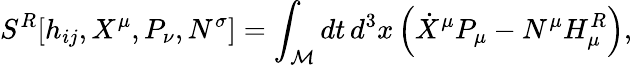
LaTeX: {}S^{R}[h_{ij},X^{\mu},P_{\nu},N^{\sigma}]=\int_{\cal M}dt\, d^{3}x\left(\dot{X}^{\mu}P_{\mu}-N^{\mu}H_{\mu}^{R}\right),